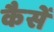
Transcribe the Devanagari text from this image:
कैसें